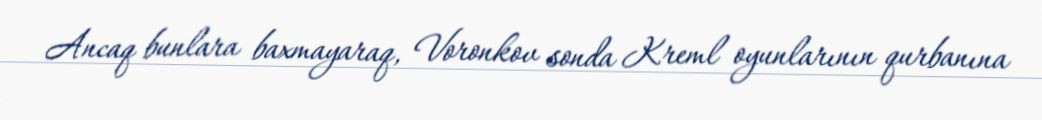
Ancaq bunlara baxmayaraq, Voronkov sonda Kreml oyunlarının qurbanına